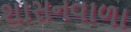
શાસનવાળા